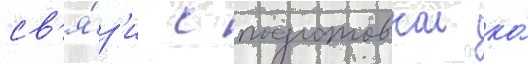
св'я́з'и с подготовкои ко́